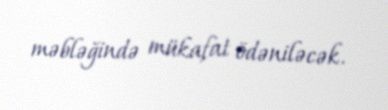
məbləğində mükafat ödəniləcək.